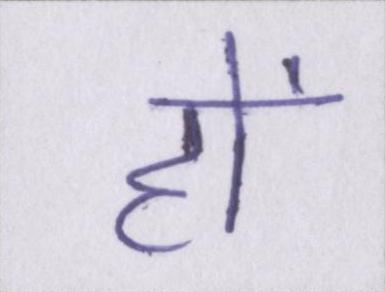
हों